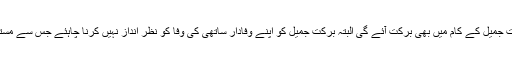
عوام تھوڑا صبر و تحمل سے کام لیں تو امید ہے برکت جمیل کے کام میں بھی برکت آئے گی البتہ برکت جمیل کو اپنے وفادار ساتھی کی وفا کو نظر انداز نہیں کرنا چاہئے جس سے مستقبل میں سیاسی نقصان کا اندیشہ بڑھنے کا امکان ہے۔